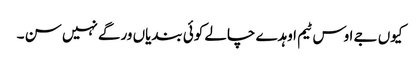
کیوں جے اوس ٹیم اوہدے چالے کوئی بندیاں ورگے نہیں سن ۔